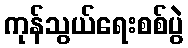
ကုန်သွယ်ရေးစစ်ပွဲ